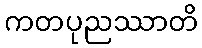
ကတပုညဿာတိ